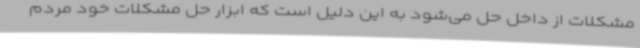
مشکلات از داخل حل می‌شود به این دلیل است که ابزار حل مشکلات خود مردم